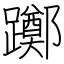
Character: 躑